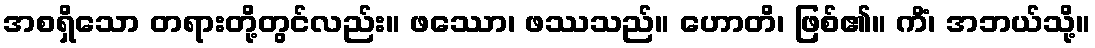
အစရှိသော တရားတို့တွင်လည်း။ ဖဿော၊ ဖဿသည်။ ဟောတိ၊ ဖြစ်၏။ ကိံ၊ အဘယ်သို့။